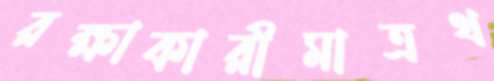
রক্ষাকারীমাত্রথ